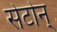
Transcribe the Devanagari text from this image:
सेटोन्